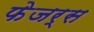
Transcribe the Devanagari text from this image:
फेजर्स